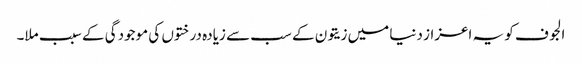
الجوف کو یہ اعزاز دنیا میں زیتون کے سب سے زیادہ درختوں کی موجودگی کے سبب ملا۔